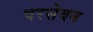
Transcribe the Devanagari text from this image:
परसेवन